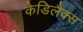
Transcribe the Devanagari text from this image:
केडिलैक्‍स